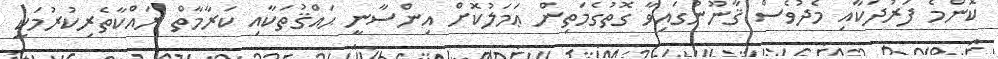
ކޮންމެ ފަރުދަކާއި މެދުވެސް ޤާނޫނުގައިވާ ގޮތުގެމަތިން ޢަމަލުކޮށް އިންސާނީ ޙައްޤުތަކާއި ކަރާމާތް ރައްކާތެރިކުރުމަކީ